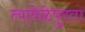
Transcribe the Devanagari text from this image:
त्यावेळेपुरता